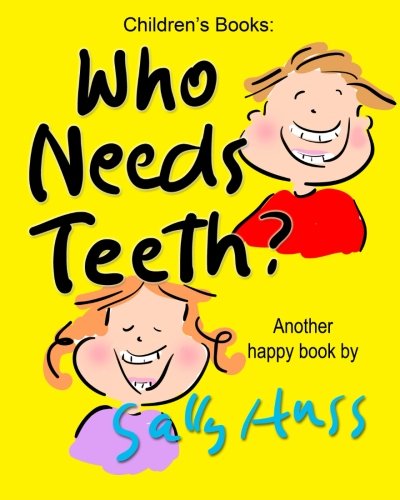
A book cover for Who Needs Teeth?: (Adorable Rhyming bedtime Story/Picture Book About Caring for Your Teeth, for Beginner Readers, Ages 2-8); Sally Huss; Medical Books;